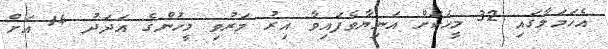
އެހަމަލާގައި 32 މީހަކަށް އަނިޔާވެފައިވާ އިރު މަރުވި މީހުންގެ އަދަދު 14 އަށް